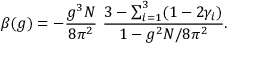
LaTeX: \beta ( g ) = - \frac { g ^ { 3 } N } { 8 \pi ^ { 2 } } ~ \frac { 3 - \sum _ { i = 1 } ^ { 3 } ( 1 - 2 \gamma _ { i } ) } { 1 - g ^ { 2 } N / 8 \pi ^ { 2 } } .